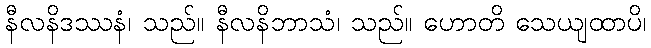
နီလနိဒဿနံ၊ သည်။ နီလနိဘာသံ၊ သည်။ ဟောတိ သေယျထာပိ၊